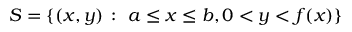
S = \left\{ ( x , y ) \, : \ a \leq x \leq b , 0 < y < f ( x ) \right\}